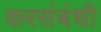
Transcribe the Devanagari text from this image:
करसंबंधी